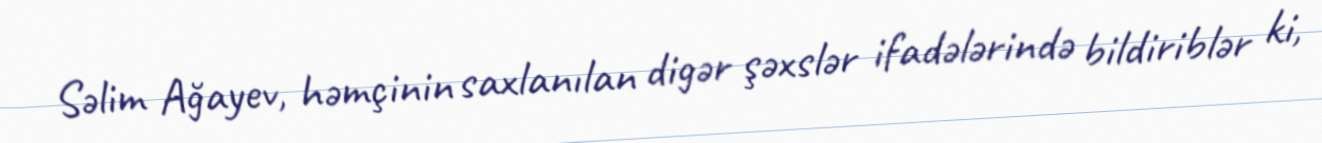
Səlim Ağayev, həmçinin saxlanılan digər şəxslər ifadələrində bildiriblər ki,